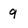
Character: 9